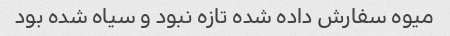
میوه سفارش داده شده تازه نبود و سیاه شده بود